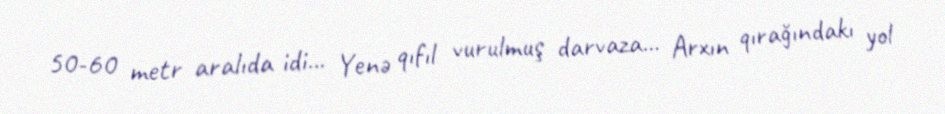
50-60 metr aralıda idi... Yenə qıfıl vurulmuş darvaza... Arxın qırağındakı yol